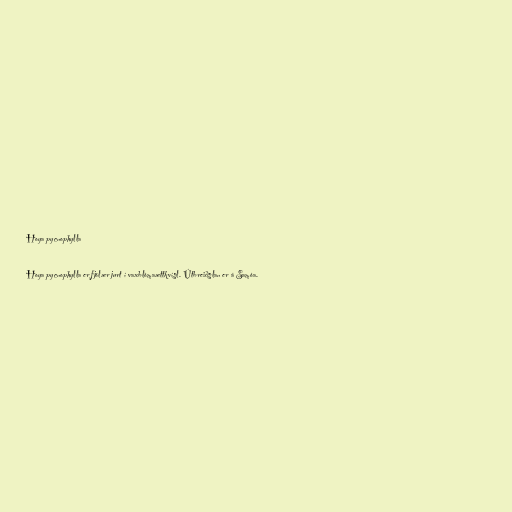
Hoya pycnophylla

Hoya pycnophylla er fjölær jurt í vaxblómaættkvísl. Útbreiðslan er á Samóa.